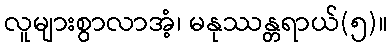
လူများစွာလာအံ့၊ မနုဿန္တရာယ်(၅)။